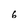
Character: 6